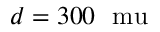
d = 3 0 0 ~ \mathrm { \ m u }